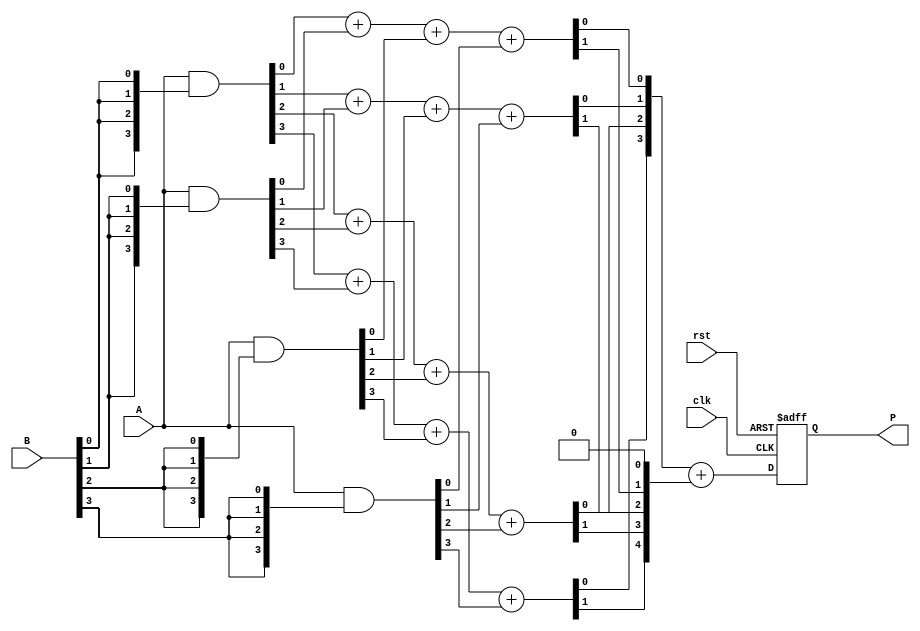
module wallace_tree_multiplier #(parameter N = 4) (
    input  wire [N-1:0] A,       // Multiplicand
    input  wire [N-1:0] B,       // Multiplier
    input  wire clk,              // Clock
    input  wire rst,              // Reset
    output reg [2*N-1:0] P        // Product output
);

// Partial product generation
wire [N-1:0] pp [0:N-1]; // Partial products
genvar i;
generate
    for (i = 0; i < N; i = i + 1) begin : pp_gen
        assign pp[i] = A & {N{B[i]}}; // AND operation to generate partial products
    end
endgenerate

// Wallace tree reduction
wire [N + 1:0] sum [0:N-1]; // Sum lines for reduction
wire [N + 1:0] carry [0:N-2]; // Carry lines for reduction

// Initial stage of Wallace tree reduction
generate
    for (i = 0; i < N-1; i = i + 1) begin : reduction
        if (i == 0) begin
            // First layer of partial product reduction
            assign {carry[i][0], sum[i][0]} = pp[i][0] + pp[i+1][0];
            assign {carry[i][1], sum[i][1]} = pp[i][1] + pp[i+1][1];
            assign {carry[i][2], sum[i][2]} = pp[i][2] + pp[i+1][2];
            assign {carry[i][3], sum[i][3]} = pp[i][3] + pp[i+1][3];
        end else begin
            // Subsequent layers of reduction
            assign {carry[i][0], sum[i][0]} = sum[i-1][0] + pp[i+1][0];
            assign {carry[i][1], sum[i][1]} = sum[i-1][1] + pp[i+1][1];
            assign {carry[i][2], sum[i][2]} = sum[i-1][2] + pp[i+1][2];
            assign {carry[i][3], sum[i][3]} = sum[i-1][3] + pp[i+1][3];
        end
    end
endgenerate

// Final addition stage
wire [2*N-1:0] final_sum;
assign final_sum = {1'b0, sum[N-2]} + {carry[N-2], 1'b0};

// Output assignment
always @(posedge clk or posedge rst) begin
    if (rst) begin
        P <= 0; // Reset output
    end else begin
        P <= final_sum; // Assign final product
    end
end

endmodule